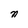
Character: n